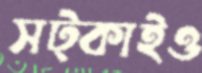
সট্‌কাইও